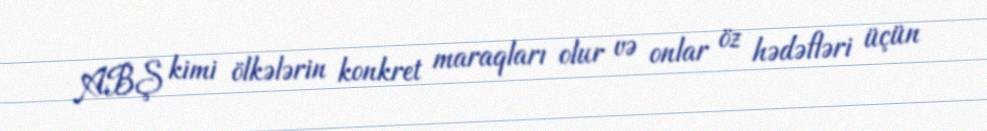
ABŞ kimi ölkələrin konkret maraqları olur və onlar öz hədəfləri üçün